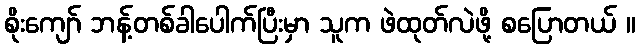
စိုးကျော် ဘန့်တစ်ခါပေါက်ပြီးမှာ သူက ဖဲထုတ်လဲဖို့ စပြောတယ် ။